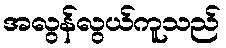
အလွန်လွယ်ကူသည်